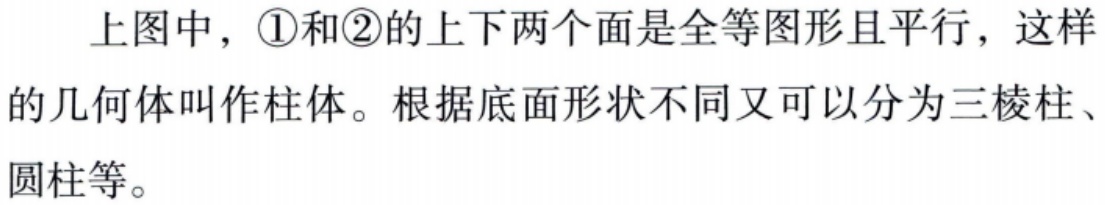
上图中，\textcircled{1}和\textcircled{2}的上下两个面是全等图形且平行，这样的几何体叫作柱体。根据底面形状不同又可以分为三棱柱、圆柱等。